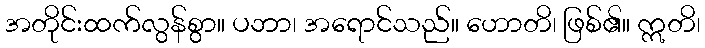
အတိုင်းထက်လွန်စွာ။ ပဘာ၊ အရောင်သည်။ ဟောတိ၊ ဖြစ်၏။ ဣတိ၊